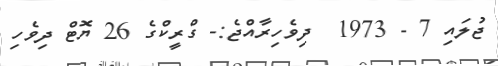
ޖުލައި 7 - 1973  ދިވެހިރާއްޖެ:- ގްރީކްގެ 26 ޔޮޓް ދިވެހި